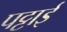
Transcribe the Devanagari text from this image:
पट्टाई